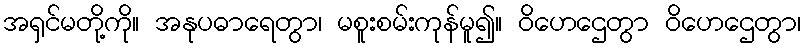
အရှင်မတို့ကို။ အနုပဓာရေတွာ၊ မစူးစမ်းကုန်မူ၍။ ဝိဟေဌေတွာ ဝိဟေဌေတွာ၊